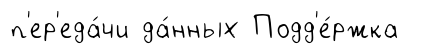
п'ер'еда́чи да́нных Подд'е́ржка